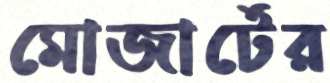
মোজার্টের